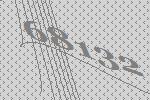
68132